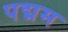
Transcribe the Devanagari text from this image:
पद्मम